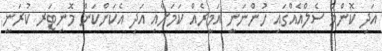
އަދި ކޮންމެ ސެލްއެއްގައި ހުންނަނީ އަމީރެއް ކަމަށާއި އަދި އެކަންކަން މޮނިޓަރ ކުރަނީ